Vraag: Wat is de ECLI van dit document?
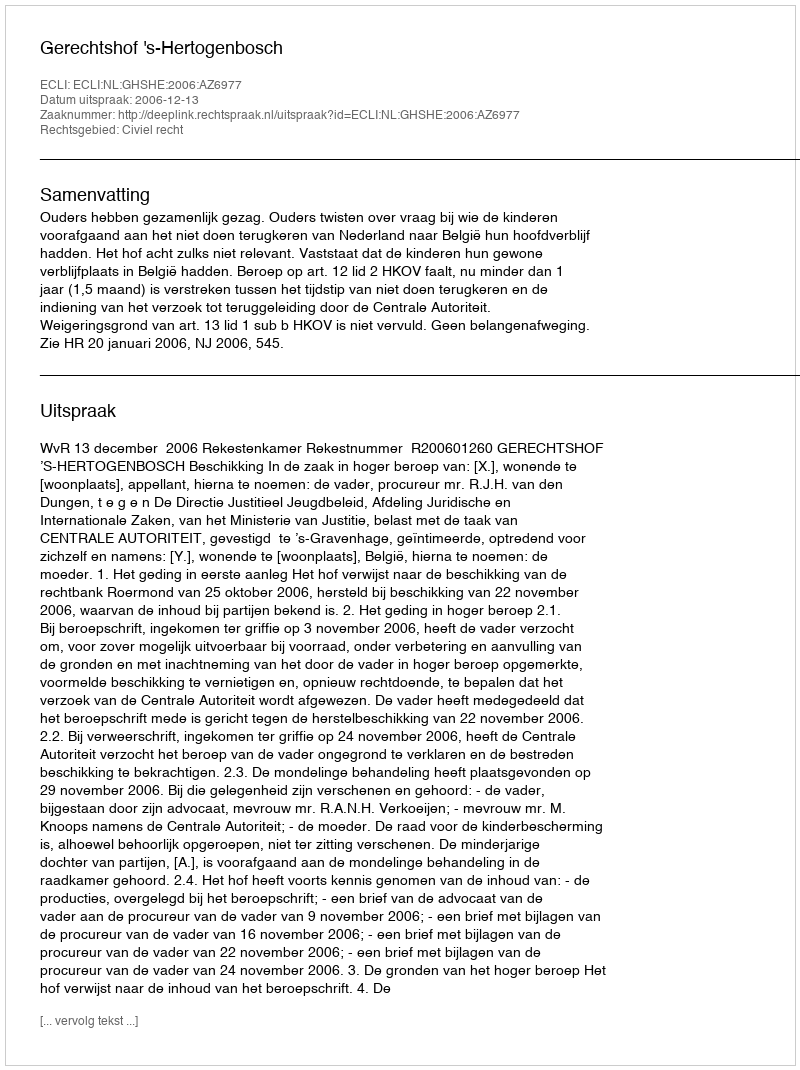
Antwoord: ECLI:NL:GHSHE:2006:AZ6977